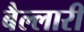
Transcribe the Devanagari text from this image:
बैल्लारी